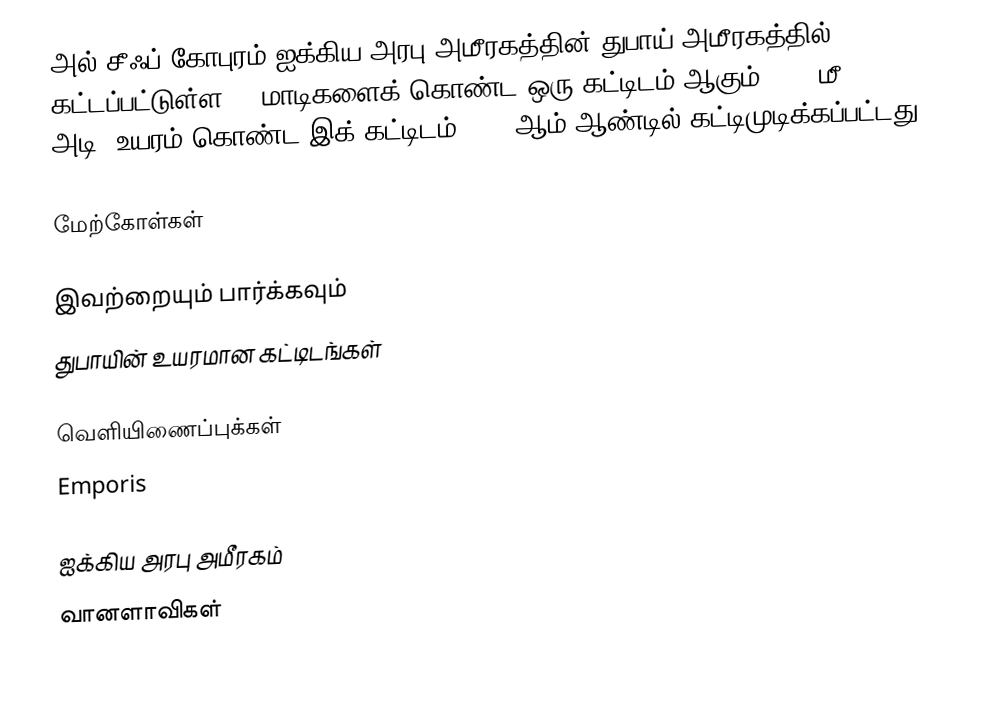
அல் சீஃப் கோபுரம் ஐக்கிய அரபு அமீரகத்தின் துபாய் அமீரகத்தில் கட்டப்பட்டுள்ள 44 மாடிகளைக் கொண்ட ஒரு கட்டிடம் ஆகும். 215 மீ (705 அடி) உயரம் கொண்ட இக் கட்டிடம் 2005 ஆம் ஆண்டில் கட்டிமுடிக்கப்பட்டது.

மேற்கோள்கள்

இவற்றையும் பார்க்கவும்
 துபாயின் உயரமான கட்டிடங்கள்

வெளியிணைப்புக்கள்
 Emporis

ஐக்கிய அரபு அமீரகம்
வானளாவிகள்